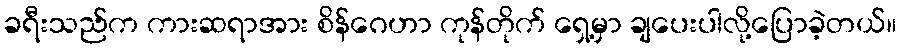
ခရီးသည်က ကားဆရာအား စိန်ဂေဟာ ကုန်တိုက် ရှေ့မှာ ချပေးပါလို့ပြောခဲ့တယ်။